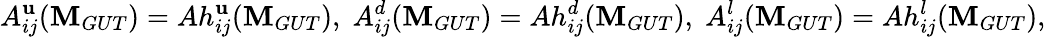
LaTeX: A_{ij}^{\mathbf{u}}(\mathbf{M}_{GUT})=Ah_{ij}^{\mathbf{u}}(\mathbf{M}_{GUT}),\; A_{ij}^{d}(\mathbf{M}_{GUT})=Ah_{ij}^{d}(\mathbf{M}_{GUT}),\; A_{ij}^{l}(\mathbf{M}_{GUT})=Ah_{ij}^{l}(\mathbf{M}_{GUT}),